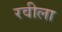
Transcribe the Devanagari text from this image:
रवीला